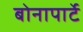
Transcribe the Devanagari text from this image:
बोनापार्टे